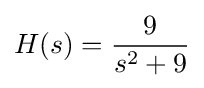
H(s)={\frac {9}{s^{2}+9}}